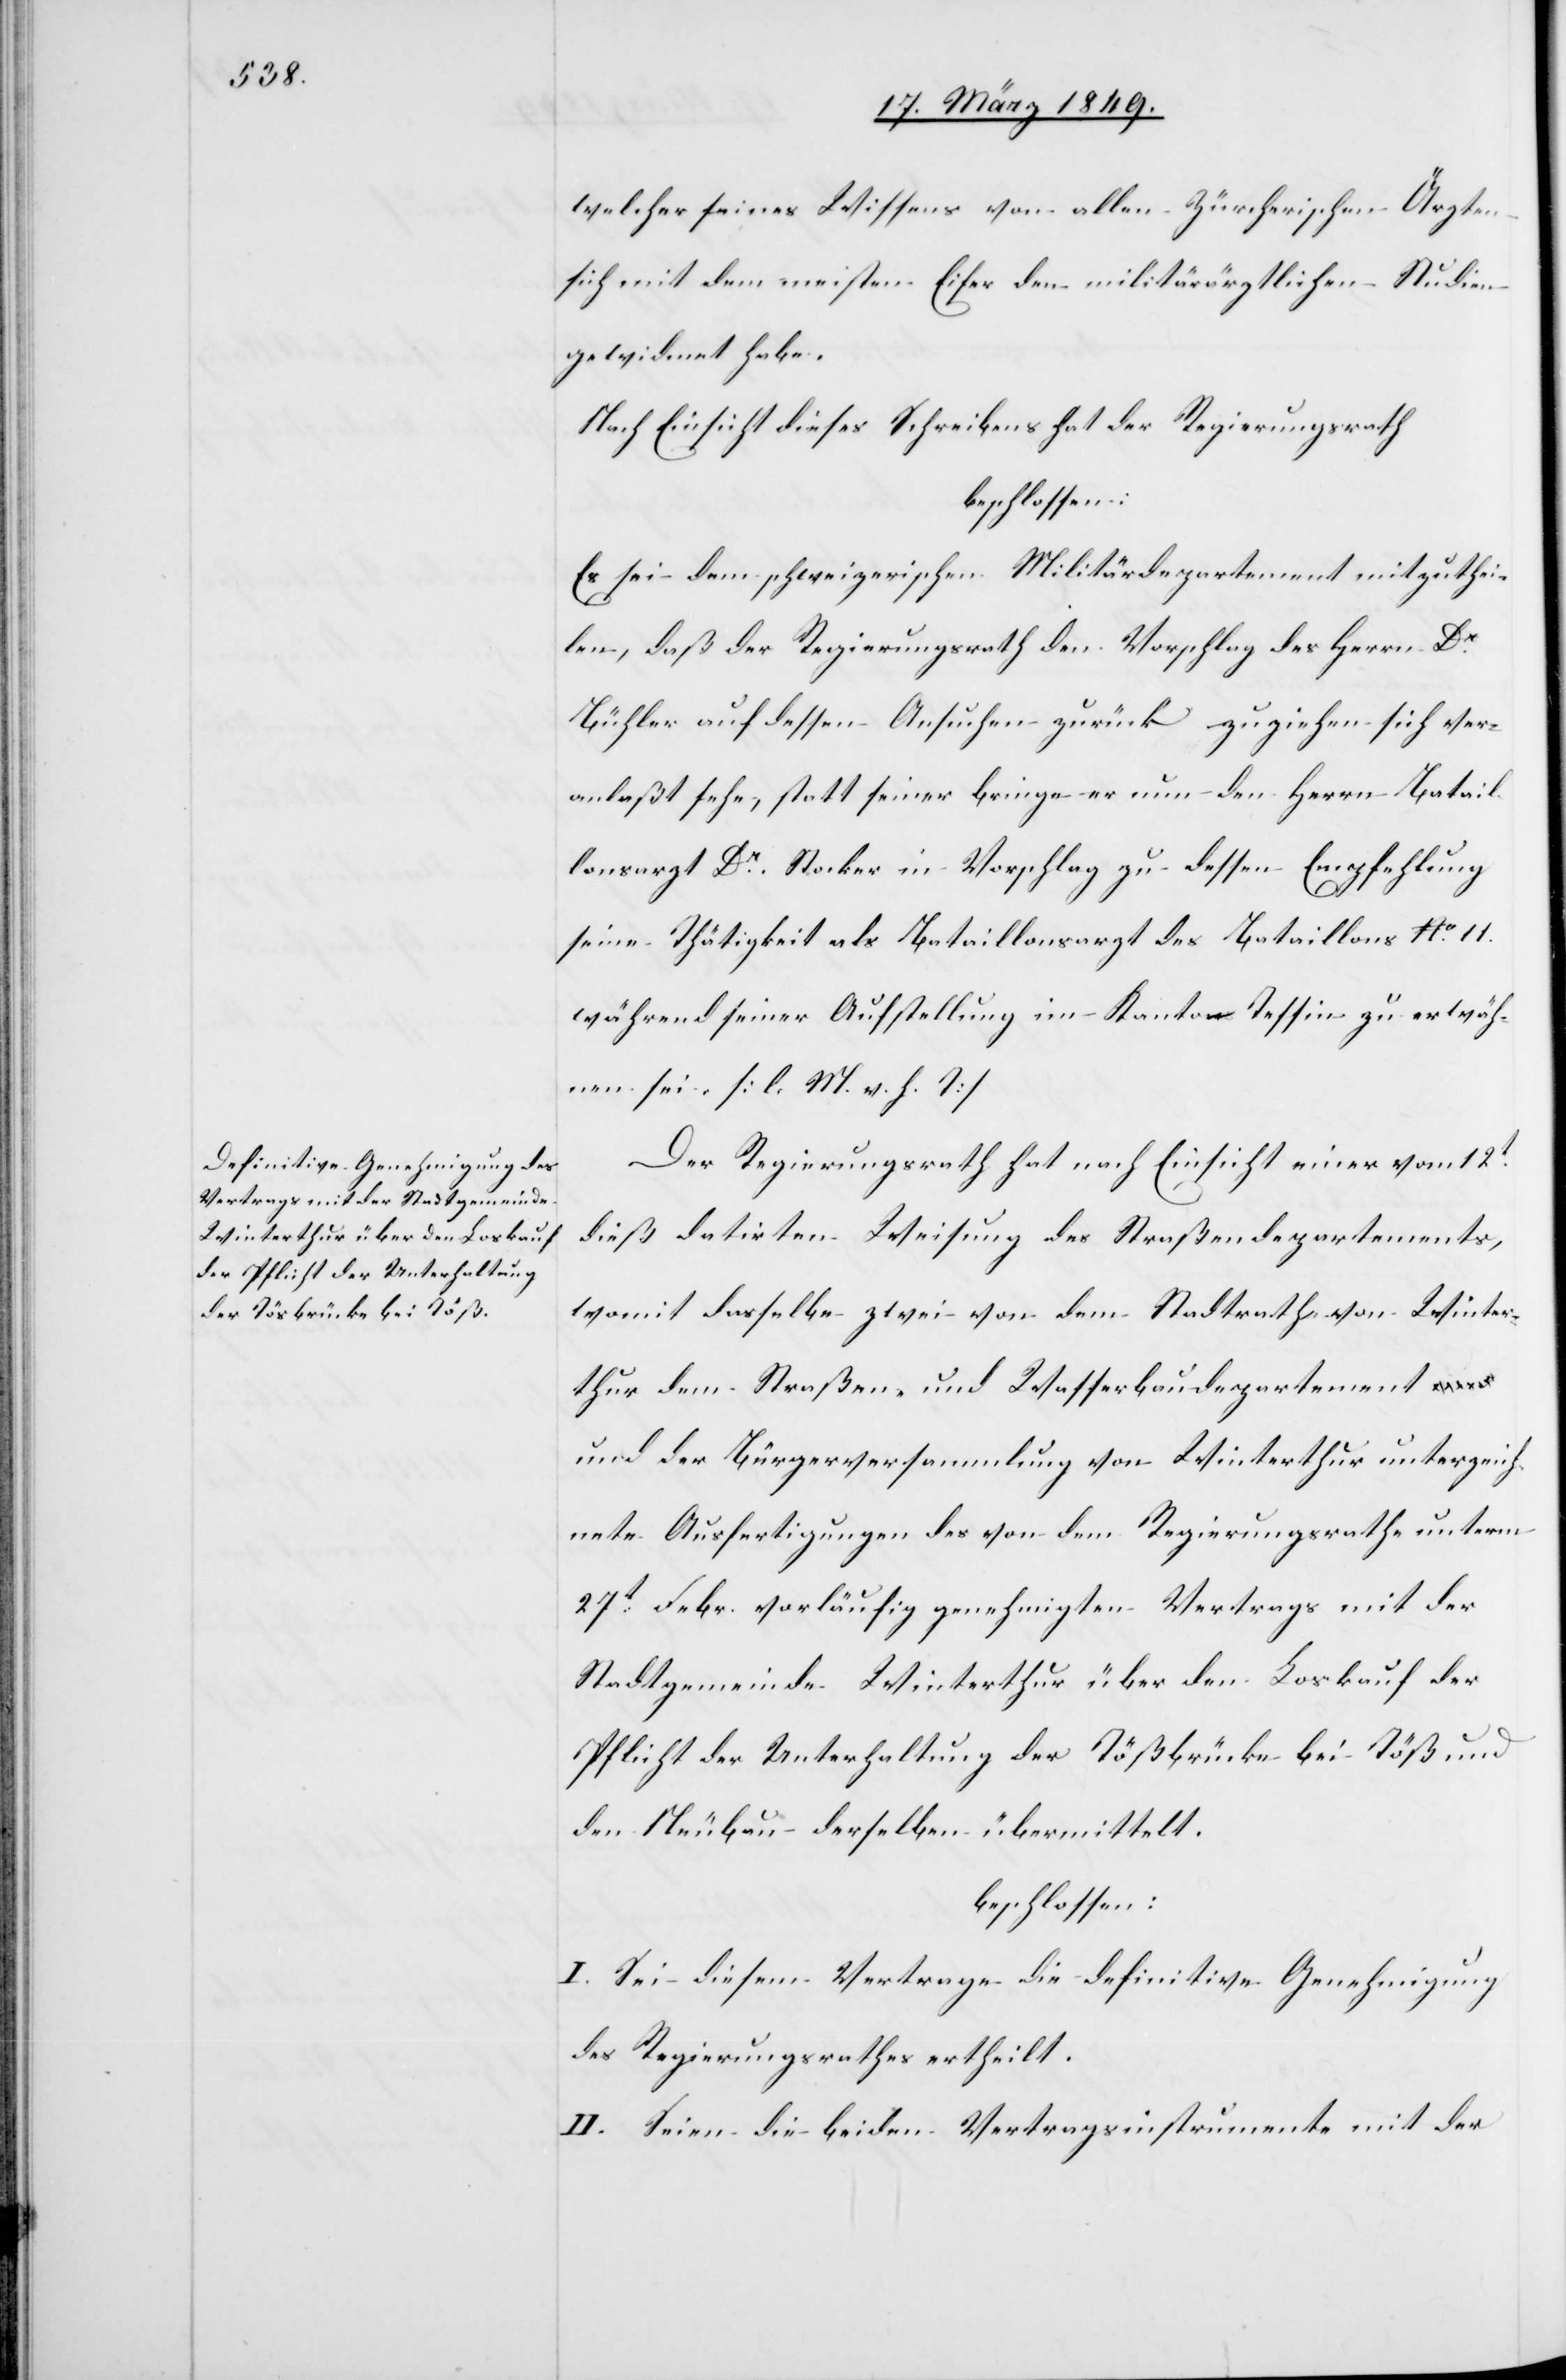
welcher seines Wissens von allen Zürcherischen Ärzten
sich mit dem meisten Eifer den militärärztlichen Studien
gewidmet habe.
Nach Einsicht dieses Schreibens hat der Regierungsrath
beschlossen:
Es sei dem schweizerischen Militärdepartement mitzuthei¬
len, daß der Regierungsrath den Vorschlag des Herrn Dr.
Bühler auf dessen Ansuchen zurück zu ziehen sich ver¬
anlaßt sehe, statt seiner bringe er nun den Herrn Batail¬
lonsarzt Dr. Stocker in Vorschlag zu dessen Empfehlung
seine Thätigkeit als Bataillonsarzt des Bataillons No. 11.
während seiner Aufstellung im Kanton Tessin zu erwäh¬
nen sei. [l. M. v. h. T]
Der Regierungsrath hat nach Einsicht einer vom 12t.
dieß datirten Weisung des Straßendepartements,
womit dasselbe zwei von dem Stadtrath von Winter¬
thur dem Straßen- und Wasserbaudepartment
und der Bürgerversammlung von Winterthur unterzeich¬
nete Ausfertigungen des von dem Regierungsrathe unterm
27t. Febr. vorläufig genehmigten Vertrags mit der
Stadtgemeinde Winterthur über den Loskauf der
Pflicht der Unterhaltung der Tößbrücke bei Töß und
den Neubau derselben übermittelt.
beschlossen:
I. Sei diesem Vertrage die definitive Genehmigung
des Regierungsrathes ertheilt.
II. Seien die beiden Vertragsinstrumente mit der